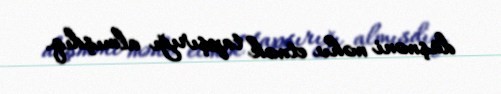
düşməni məhv etmək tapşırığı almışdıq.